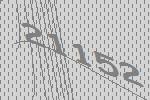
21152